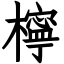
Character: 檸